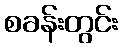
စခန်းတွင်း